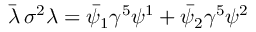
\bar { \lambda } \, \sigma ^ { 2 } \lambda = \bar { \psi } _ { 1 } \gamma ^ { 5 } \psi ^ { 1 } + \bar { \psi } _ { 2 } \gamma ^ { 5 } \psi ^ { 2 }